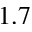
1 . 7